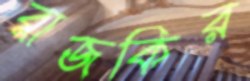
রাজকির